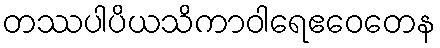
တဿပါပိယသိကာဝါရေဧဝေတေန